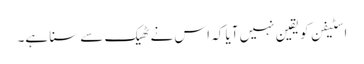
اسٹیفن کو یقین نہیں آیا کہ اس نے ٹھیک سے سنا ہے۔